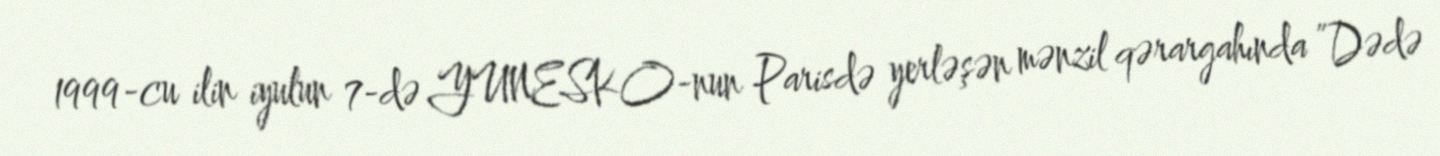
1999-cu ilin iyulun 7-də YUNESKO-nun Parisdə yerləşən mənzil qərargahında ”Dədə